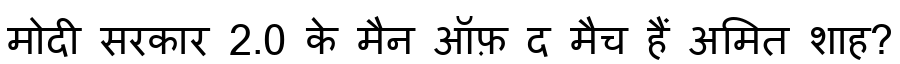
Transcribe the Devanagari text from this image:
मोदी सरकार 2.0 के मैन ऑफ़ द मैच हैं अमित शाह?